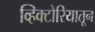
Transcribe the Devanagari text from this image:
व्हिक्टोरियातून